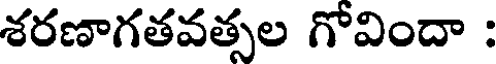
శరణాగతవత్సల గోవిందా :